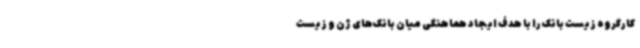
کارگروه زیست بانک را با هدف ایجاد هماهنگی میان بانک‌های ژن و زیست